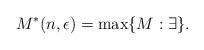
LaTeX: \begin{align*}M^*(n, \epsilon) = \max\{ M: \exists \}.\end{align*}